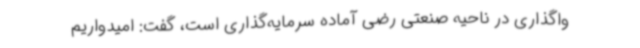
واگذاری در ناحیه صنعتی رضی آماده سرمایه‌گذاری است، گفت: امیدواریم